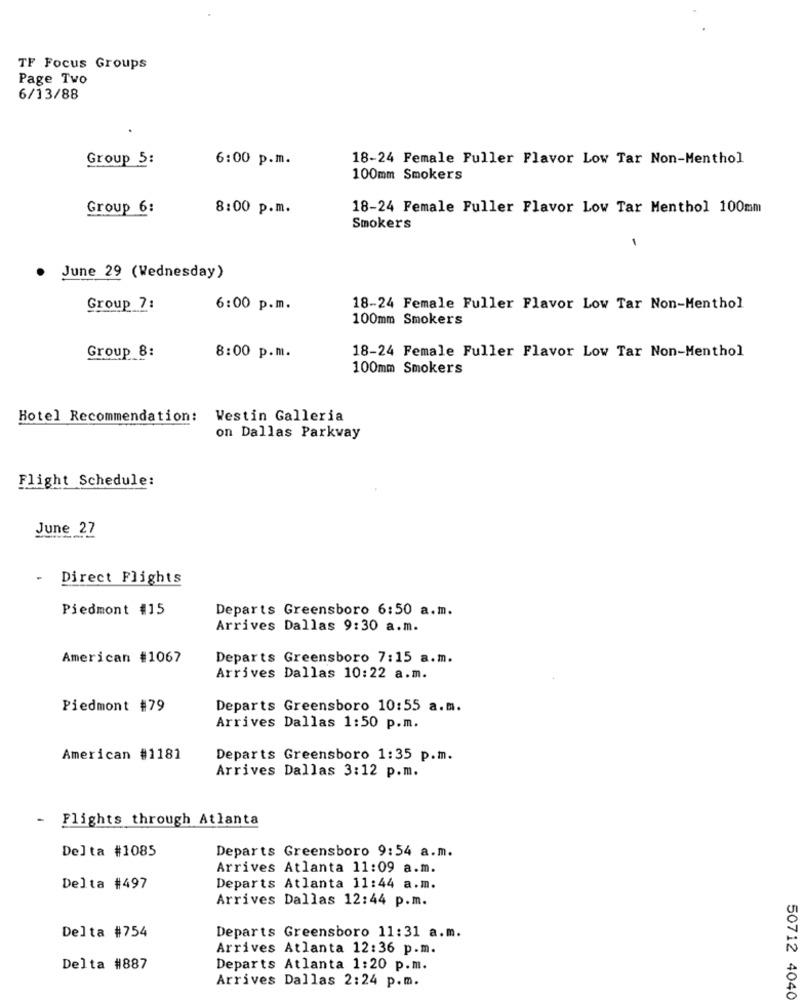
TF Focus Groups
Page Two
6/13/88
Group 5:
6:00 p.m.
18-24 Female Fuller Flavor Low Tar Non-Menthol
100mm Smokers
Group 6:
8:00 p.m.
18-24 Female Fuller Flavor Low Tar Menthol 100mm
Smokers
.
June 29 (Wednesday)
Group 7:
6:00 p.m.
18-24 Female Fuller Flavor Low Tar Non-Menthol
100mm Smokers
Group 8:
8:00 p.m.
18-24 Female Fuller Flavor Low Tar Non-Menthol
100mm Smokers
Hotel Recommendation: Westin Galleria
on Dallas Parkway
Flight Schedule:
June 27
-
Direct Flights
Piedmont #15
Departs Greensboro 6:50 a.m.
Arrives Dallas 9:30 a.m.
American #1067
Departs Greensboro 7:15 a.m.
Arrives Dallas 10:22 a.m.
Piedmont #79
Departs Greensboro 10:55 a.m.
Arrives Dallas 1:50 p.m.
American #1181
Departs Greensboro 1:35 p.m.
Arrives Dallas 3:12 p.m.
- Flights through Atlanta
Delta #1085
Departs Greensboro 9:54 a.m.
Arrives Atlanta 11:09 a.m.
Delta #497
Departs Atlanta 11:44 a.m.
Arrives Dallas 12:44 p.m.
Delta #754
Departs Greensboro 11:31 a.m.
Arrives Atlanta 12:36 p.m.
Delta #887
Departs Atlanta 1:20 p.m.
Arrives Dallas 2:24 p.m.
50712 4040